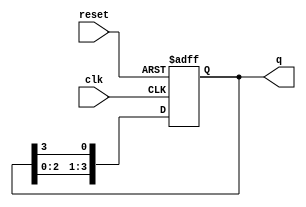
module ring_counter (
    input wire clk,        // Clock signal
    input wire reset,      // Reset signal
    output reg [3:0] q     // 4-bit output
);

// Initial state
initial begin
    q = 4'b1000; // Initialize to 1000
end

// Always block triggered on the rising edge of the clock or reset
always @(posedge clk or posedge reset) begin
    if (reset) begin
        q <= 4'b1000; // Reset to initial state
    end else begin
        // Shift the bits in a circular manner
        q <= {q[2:0], q[3]}; // Shift left and wrap around
    end
end

endmodule